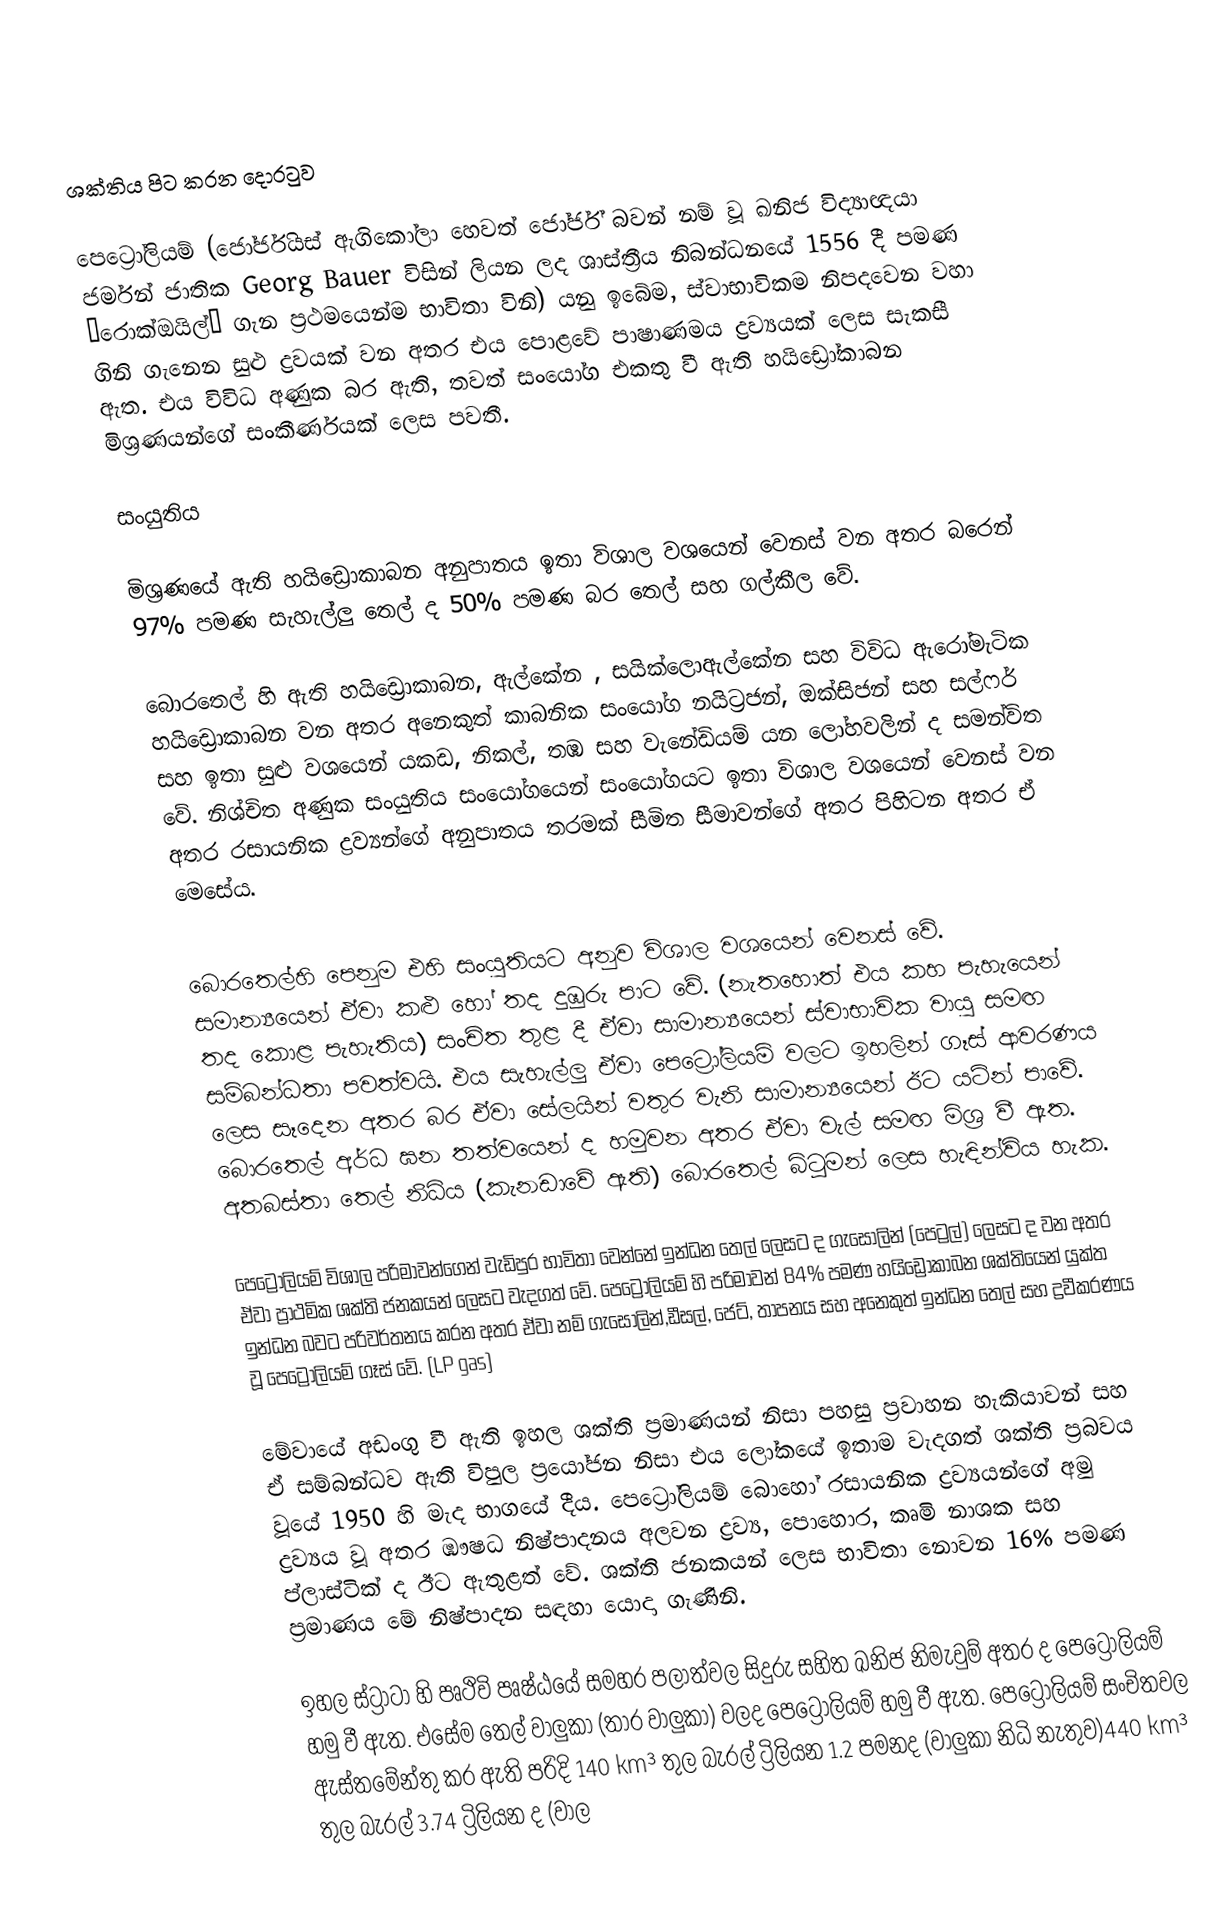
ශක්තිය පිට කරන දොරටුව

පෙට්‍රෝලියම් (ජෝර්ජියස් ඇගිකෝලා හෙවත් ජෝර්ජ් බවන් නම් වූ ඛනිජ විද්‍යාඥයා ජර්මන් ජාතික Georg Bauer විසින් ලියන ලද ශාස්ත්‍රීය නිබන්ධනයේ 1556 දී පමණ “රොක්ඔයිල්” ගැන ප්‍රථමයෙන්ම භාවිතා විනි) යනු ඉබේම, ස්වාභාවිකම නිපදවෙන වහා ගිනි ගැනෙන සුළු ද්‍රවයක් වන අතර එය පොළවේ පාෂාණමය ද්‍රව්‍යයක් ලෙස සැකසී ඇත. එය විවිධ අණුක බර ඇති, තවත් සංයෝග එකතු වී ඇති හයිඩ්‍රෝකාබන මිශ්‍රණයන්ගේ සංකීර්ණයක් ලෙස පවතී.

සංයුතිය

මිශ්‍රණයේ ඇති හයිඩ්‍රොකාබන අනුපාතය ඉතා විශාල වශයෙන් වෙනස් වන අතර බරෙන් 97% පමණ සැහැල්ලු තෙල් ද 50% පමණ බර තෙල් සහ ගල්කීල වේ.

බොරතෙල් හි ඇති හයිඩ්‍රෙ‍ාකාබන, ඇල්කේන , සයික්ලොඇල්කේන සහ විවිධ ඇරෝමැටික හයිඩ්‍රොකාබන වන අතර අනෙකුත් කාබනික සංයෝග නයිට්‍රජන්, ඔක්සිජන් සහ සල්ෆර් සහ ඉතා සුළු වශයෙන් යකඩ, නිකල්, තඹ සහ වැනේඩියම් යන ලෝහවලින් ද සමන්විත වේ. නිශ්චිත අණුක සංයුතිය සංයෝගයෙන් සංයෝගයට ඉතා විශාල වශයෙන් වෙනස් වන අතර රසායනික ද්‍රව්‍යන්ගේ අනුපාතය තරමක් සීමිත සීමාවන්ගේ අතර පිහිටන අතර ඒ මෙසේය.

බොරතෙල්හි පෙනුම එහි සංයුතියට අනුව විශාල වශයෙන් වෙනස් වේ. සමාන්‍යයෙන් ඒවා කළු හෝ තද දුඹුරු පාට වේ. (නැතහොත් එය කහ පැහැයෙන් තද කොළ පැහැතිය) සංචිත තුළ දී ඒවා සාමාන්‍යයෙන් ස්වාභාවික වායු සමඟ සම්බන්ධතා පවත්වයි. එය සැහැල්ලු ඒවා පෙට්‍රෝලියම් වලට ඉහලින් ගෑස් ආවරණය ලෙස සෑදෙන අතර බර ඒවා සේලයින් වතුර වැනි සාමාන්‍යයෙන් ඊට යටින් පාවේ. බොරතෙල් අර්ධ ඝන තත්වයෙන් ද හමුවන අතර ඒවා වැල් සමඟ මිශ්‍ර වී ඇත. අතබස්තා තෙල් නිධිය (කැනඩාවේ ඇති) බොරතෙල් බිටූමන් ලෙස හැඳින්විය හැක.

පෙට්‍රෝලියම් විශාල පරිමාවන්ගෙන් වැඩිපුර භාවිතා වෙන්නේ ඉන්ධන තෙල් ලෙසට ද ගැසොලින් (පෙට්‍රල්) ලෙසට ද වන අතර ඒවා ප්‍රාථමික ශක්ති ජනකයන් ලෙසට වැදගත් වේ. පෙට්‍රෝලියම් හි පරිමාවන් 84% පමණ හයිඩ්‍රොකාබන ශක්තියෙන් යුක්ත ඉන්ධන බවට පරිවර්තනය කරන අතර ඒවා නම් ගැසොලින්,ඩීසල්, ජෙට්, තාපනය සහ අනෙකුත් ඉන්ධන තෙල් සහ ද්‍රවීකරණය වූ පෙට්‍රෝලියම් ගෑස් වේ. (LP gas)

මේවායේ අඩංගු වී ඇති ඉහල ශක්ති ප්‍රමාණයන් නිසා පහසු ප්‍රවාහන හැකියාවන් සහ ඒ සම්බන්ධව ඇති විපුල ප්‍රයෝජන නිසා එය ලෝකයේ ඉතාම වැදගත් ශක්ති ප්‍රබවය වූයේ 1950 හි මැද භාගයේ දීය. පෙට්‍රෝලියම් බොහෝ රසායනික ද්‍රව්‍යයන්ගේ අමු ද්‍රව්‍යය වූ අතර ඹෟෂධ නිෂ්පාදනය අලවන ද්‍රව්‍ය, පොහොර, කෘමි නාශක සහ ප්ලාස්ටික් ද ඊට ඇතුළත් වේ. ශක්ති ජනකයන් ලෙස භාවිතා නොවන 16% පමණ ප්‍රමාණය මේ නිෂ්පාදන සඳහා යොදා ගැණිනි.

ඉහල ස්‍ට්‍රාටා හි පෘථිවි පෘෂ්ඨයේ සමහර පලාත්වල සිදුරු සහිත ඛනිජ නිමැවුම් අතර ද පෙට්‍රෝලියම් හමු වී ඇත. එසේම තෙල් වාලුකා (තාර වාලුකා) වලද පෙට්‍රෝලියම් හමු වී ඇත. පෙට්‍රෝලියම් සංචිතවල ඇස්තමේන්තු කර ඇති පරිදි 140 km³  තුල බැරල් ට්‍රිලියන 1.2 පමනද (වාලුකා නිධි නැතුව)440 km³ තුල බැරල් 3.74 ට්‍රිලියන ද (වාල